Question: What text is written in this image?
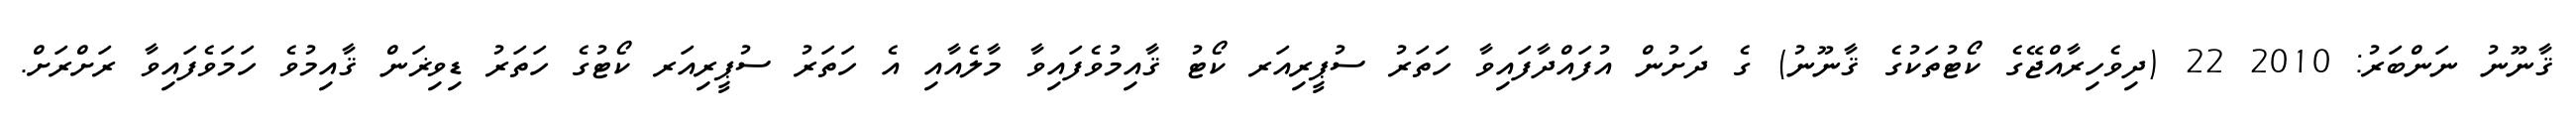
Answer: ޤާނޫނު ނަންބަރު: 2010 22 (ދިވެހިރާއްޖޭގެ ކޯޓުތަކުގެ ޤާނޫނު) ގެ ދަށުން އުފައްދާފައިވާ ހަތަރު ސުޕީރިއަރ ކޯޓު ޤާއިމުވެފައިވާ މާލެއާއި އެ ހަތަރު ސުޕީރިއަރ ކޯޓުގެ ހަތަރު ޑިވިޜަން ޤާއިމުވެ ހަމަވެފައިވާ ރަށްރަށް.